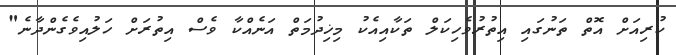
ކުރިއަށް އޮތް ތަނުގައި އިތުރުވެހިކަލް ތަކާއިއެކު މިޚިދުމަތް އަނެއްކާ ވެސް އިތުރަށް ހަލުއިވެގެންދާނެ"